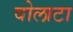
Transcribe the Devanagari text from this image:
वोलाटा